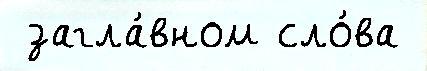
 загла́вном сло́ва